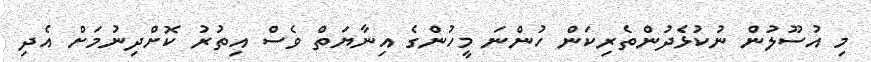
މި އުސޫލުން ނުކުޅެދުންތެރިކަން ހުންނަ މީހުންގެ އިނާޔަތް ވެސް އިތުރު ކޮށްދިނުމަށް އެދި